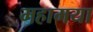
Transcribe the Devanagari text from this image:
महामया